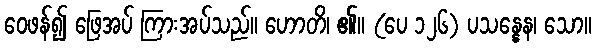
ဝေဖန်၍ ဖြေအပ် ကြားအပ်သည်။ ဟောတိ၊ ၏။ (ပေ ၁၂၆) ပသန္နေန၊ သော။